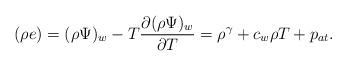
LaTeX: \begin{align*} (\rho e) = (\rho \Psi)_w - T \frac{\partial(\rho \Psi)_w}{\partial T} = \rho^\gamma + c_w\rho T + p_{at}. \end{align*}